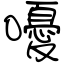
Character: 嚘